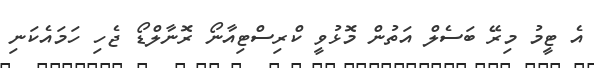
އެ ޓީމު މިރޭ ބަސެލް އަތުން މޮޅުވީ ކްރިސްޓިއާނޯ ރޮނާލްޑޯ ޖެހި ހަމައެކަނި